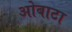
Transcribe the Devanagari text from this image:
ओबाटा